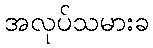
အလုပ်သမားခ